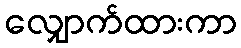
လျှောက်ထားကာ